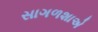
સાગળશાએ